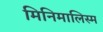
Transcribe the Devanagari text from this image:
मिनिमालिस्म